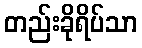
တည်းခိုရိပ်သာ